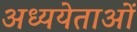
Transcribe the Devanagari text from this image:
अध्ययेताओं